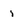
Character: i